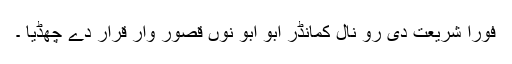
فورا شریعت دی رو نال کمانڈر ابو ابو نوں قصور وار قرار دے چھڈیا ۔